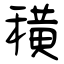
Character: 穔